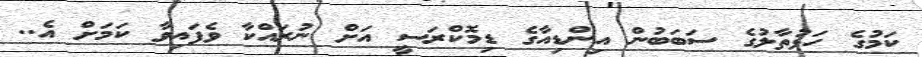
ކަމުގެ ހަޅުތާލުގެ ސަބަބުން އިންޑިއާގެ ޑިމޮކްރަސީ އަށް ނުރައްކާ ވެފައިވާ ކަމަށް އެ..